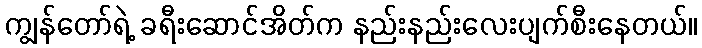
ကျွန်တော်ရဲ့ ခရီးဆောင်အိတ်က နည်းနည်းလေးပျက်စီးနေတယ်။